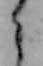
り